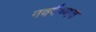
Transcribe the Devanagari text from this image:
नववैष्णव